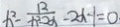
x ^ { 2 } - \frac { 1 2 } { x ^ { 2 } - 2 x } - 2 x - 1 = 0